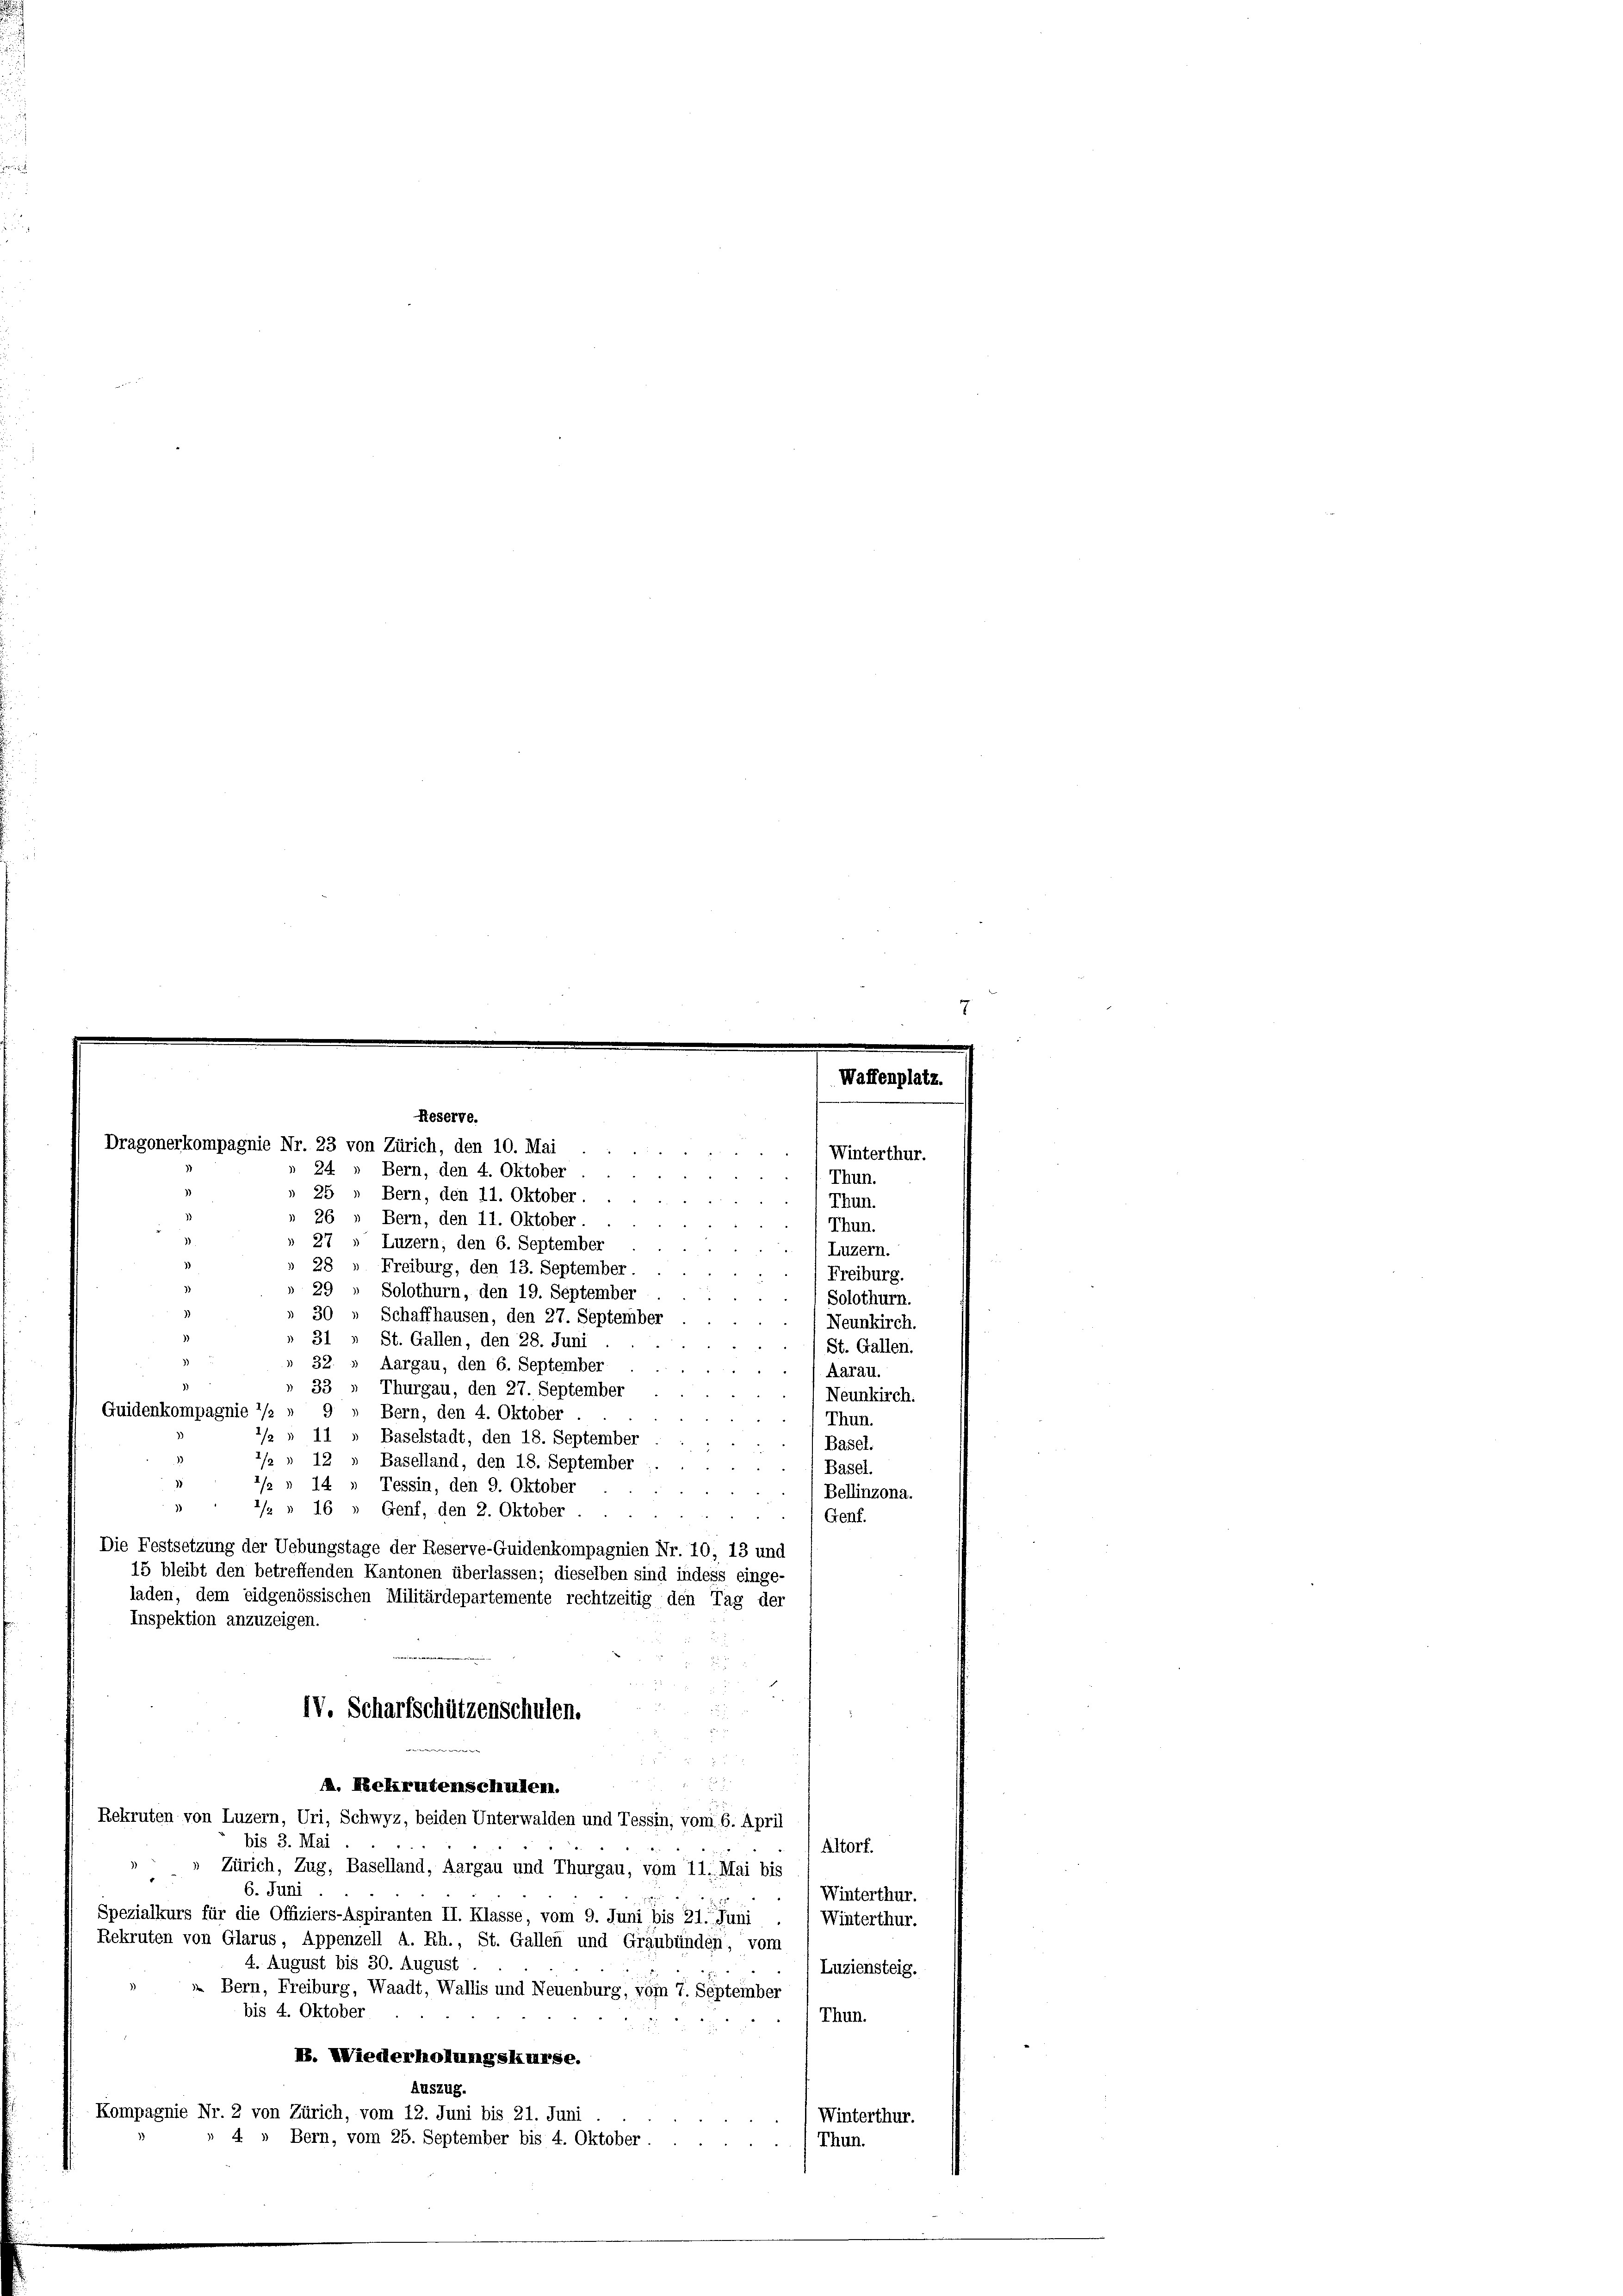
Dragonerkompagnie Nr. 23 von Zürich, den 10. Mai
25 „ Bern, den 11. Oktober.

26 » Bern, den 11. Oktober.
Thun.
27
Luzern, den 6. September
Luzern.
28 " Freiburg, den 13. September
Freiburg.
29
Solothurn, den 19. September
Solothurn.
30 " Schaffhausen, den 27. September
Neunkirch.
31 „ St. Gallen, den 28. Juni
St. Gallen.
32.
Aargau, den 6. September
Aarau.
33
Thurgau, den 27. September
Neunkirch.
Guidenkompagnie 1/2
Bern, den 4. Oktober
Thun.
2/2 § 11
Baselstadt, den 18. September
Basel.
1/2 1
12
Baselland, den 18. September
Basel.
1/2 x
14 » Tessin, den 9. Oktober
Bellinzona.
1
2/2 § 16
Genf, den 2. Oktober
Genf.
Die Festsetzung der Uebungstage der Reserve-Guidenkompagnien Nr. 70, 13 und
15 bleibt den betreffenden Kantonen überlassen; dieselben sind indess einge-
laden, dem eidgenössischen Militärdepartemente rechtzeitig den Tag der
Inspektion anzuzeigen.
IV. Scharfschützenschulen.

A. Rekrutenschullen.
Rekruten von Luzern, Uri, Schwyz, beiden Unterwalden und Tessin, vom 6. April
bis 3. Mai
Altorf.
Zürich, Zug, Baselland, Aargau und Thurgau, vom 11. Mai bis
.
6. Juni
Winterthur.
Spezialkurs für die Offiziers-Aspiranten II. Klasse, vom 9. Juni bis 21. Juni
Winterthur.
Rekruten von Glarus, Appenzell A. Rh., St. Gallen und Graubünden, vom
4. August bis 30. August
Luziensteig.
 Bern, Freiburg, Waadt, Wallis und Neuenburg, vom 7. September
bis 4. Oktober
Thun.
B. Wiederholungskurse.
Auszug.
Kompagnie Nr. 2 von Zürich, vom 12. Juni bis 21. Juni
Winterthur.
» 4 » Bern, vom 25. September bis 4. Oktober.
Thun.

Reserve.
.
24  Bern, den 4. Oktober

Waffenplatz.
Winterthur.
Thun.
Thun.